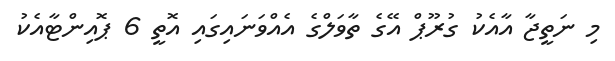
މި ނަތީޖާ އާއެކު ގުރޫޕް އޭގެ ތާވަލްގެ އެއްވަނައިގައި އޮތީ 6 ޕޮއިންޓާއެކު